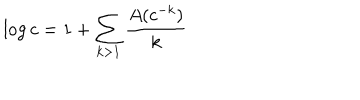
LaTeX: \log c = 1 + \sum _ { k > 1 } { \frac { A ( c ^ { - k } ) } { k } }